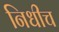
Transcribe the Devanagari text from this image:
निधीच